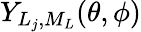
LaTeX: Y_{L_{j},M_{L}}(\theta,\phi)